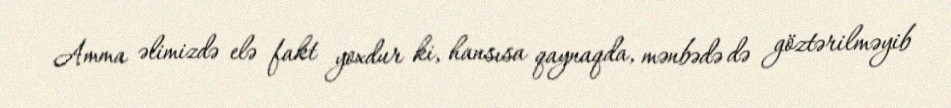
Amma əlimizdə elə fakt yoxdur ki, hansısa qaynaqda, mənbədə də göztərilməyib